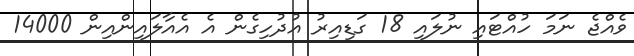
ވެއްޖެ ނަމަ ހުއްޓައި ނުލައި 18 ގަޑިއިރު އުދުހިގެން އެ އެއާލައިންއިން 14000